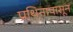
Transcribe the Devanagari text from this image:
प्रथिनापासून